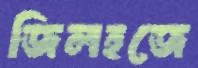
জিলহজে